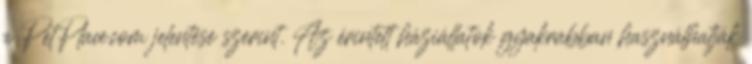
a PetPlace.com jelentése szerint. Az érintett háziállatok gyakrabban használhatják